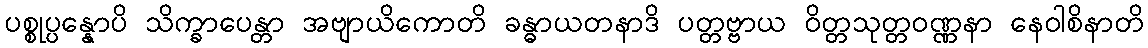
ပစ္စုပ္ပန္နောပိ သိက္ခာပေန္တာ အဗျာယိကောတိ ခန္ဓာယတနာဒိ ပတ္တဗ္ဗာယ ဝိတ္တသုတ္တဝဏ္ဏနာ နေဝါစိနာတိ